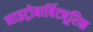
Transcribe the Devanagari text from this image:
नाइट्रोबार्बिट्यूरिक